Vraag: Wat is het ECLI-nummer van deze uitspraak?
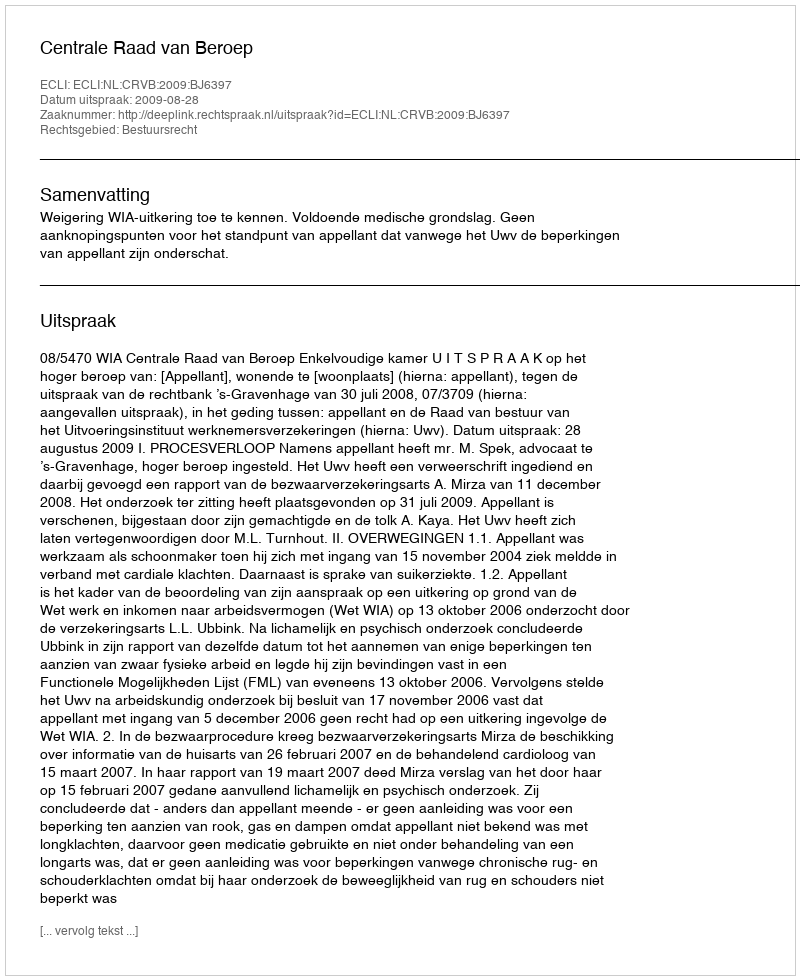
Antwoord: ECLI:NL:CRVB:2009:BJ6397